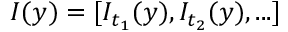
I ( y ) = [ I _ { t _ { 1 } } ( y ) , I _ { t _ { 2 } } ( y ) , . . . ]